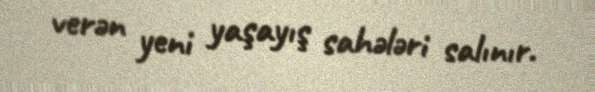
verən yeni yaşayış sahələri salınır.